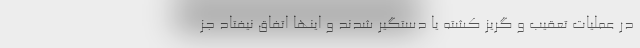
در عملیات تعقیب و گریز کشته یا دستگیر شدند و اینها اتفاق نیفتاد جز